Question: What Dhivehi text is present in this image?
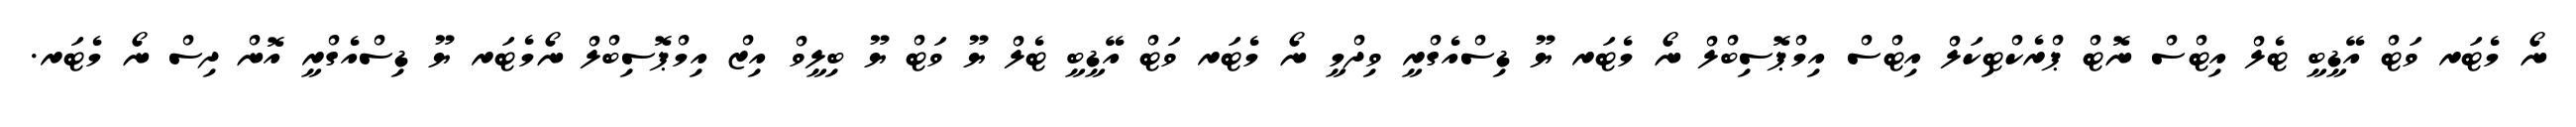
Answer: ނޯ މެޓަރ ވަޓް އޭޑީބީ ޓެލް އިޓްސް ނޮޓް ޕްރެކްޓިކަލް އިޓްސް އިމްޕޮސިބްލް ނޯ މެޓަރ ޔޫ ޑިސްއެގްރީ ވިދްމީ ނޯ މެޓަރ ވަޓް އޭޑީބީ ޓެލް ޔޫ ވަޓް ޔޫ ބިލީވް އިޒް އިމްޕޮސިބްލް ނޯމެޓަރ ޔޫ ޑިސްއެގްރީ އޮން ދިސް ނޯ މެޓަރ.